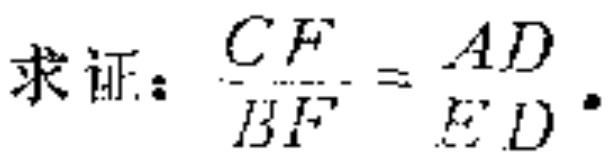
求证：\(\frac{CF}{BF}=\frac{AD}{ED}\)